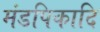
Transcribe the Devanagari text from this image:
मंडपिकादि